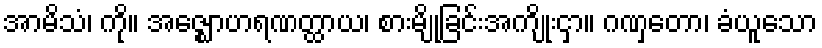
အာမိသံ၊ ကို။ အဇ္ဈောဟရဏတ္ထာယ၊ စားမျိုခြင်းအကျိုးငှာ။ ဂဏှတော၊ ခံယူသော